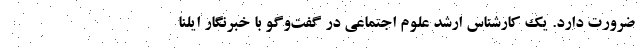
ضرورت دارد. یک کارشناس ارشد علوم اجتماعی در گفت‌وگو با خبرنگار ایلنا